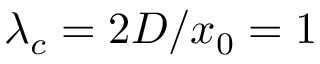
\lambda _ { c } = 2 D / x _ { 0 } = 1